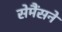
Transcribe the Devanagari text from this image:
सेमैंसने